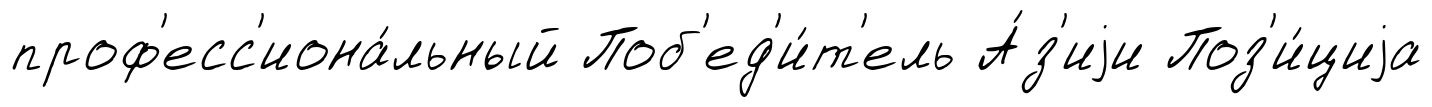
проф'есс'иона́льный Поб'ед'и́т'ель А́з'иjи Поз'и́циjа